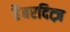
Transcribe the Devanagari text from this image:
हैबरदित्ज़